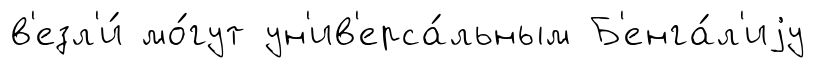
в'езл'и́ мо́гут ун'ив'ерса́льным Б'енга́л'иjу